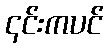
၎င်းကပင်